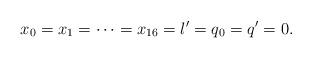
LaTeX: \begin{align*}x_0=x_1=\cdots=x_{16}=l^\prime=q_0=q^\prime=0.\end{align*}